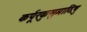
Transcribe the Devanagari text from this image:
कर्पूरकुसुमादिषु